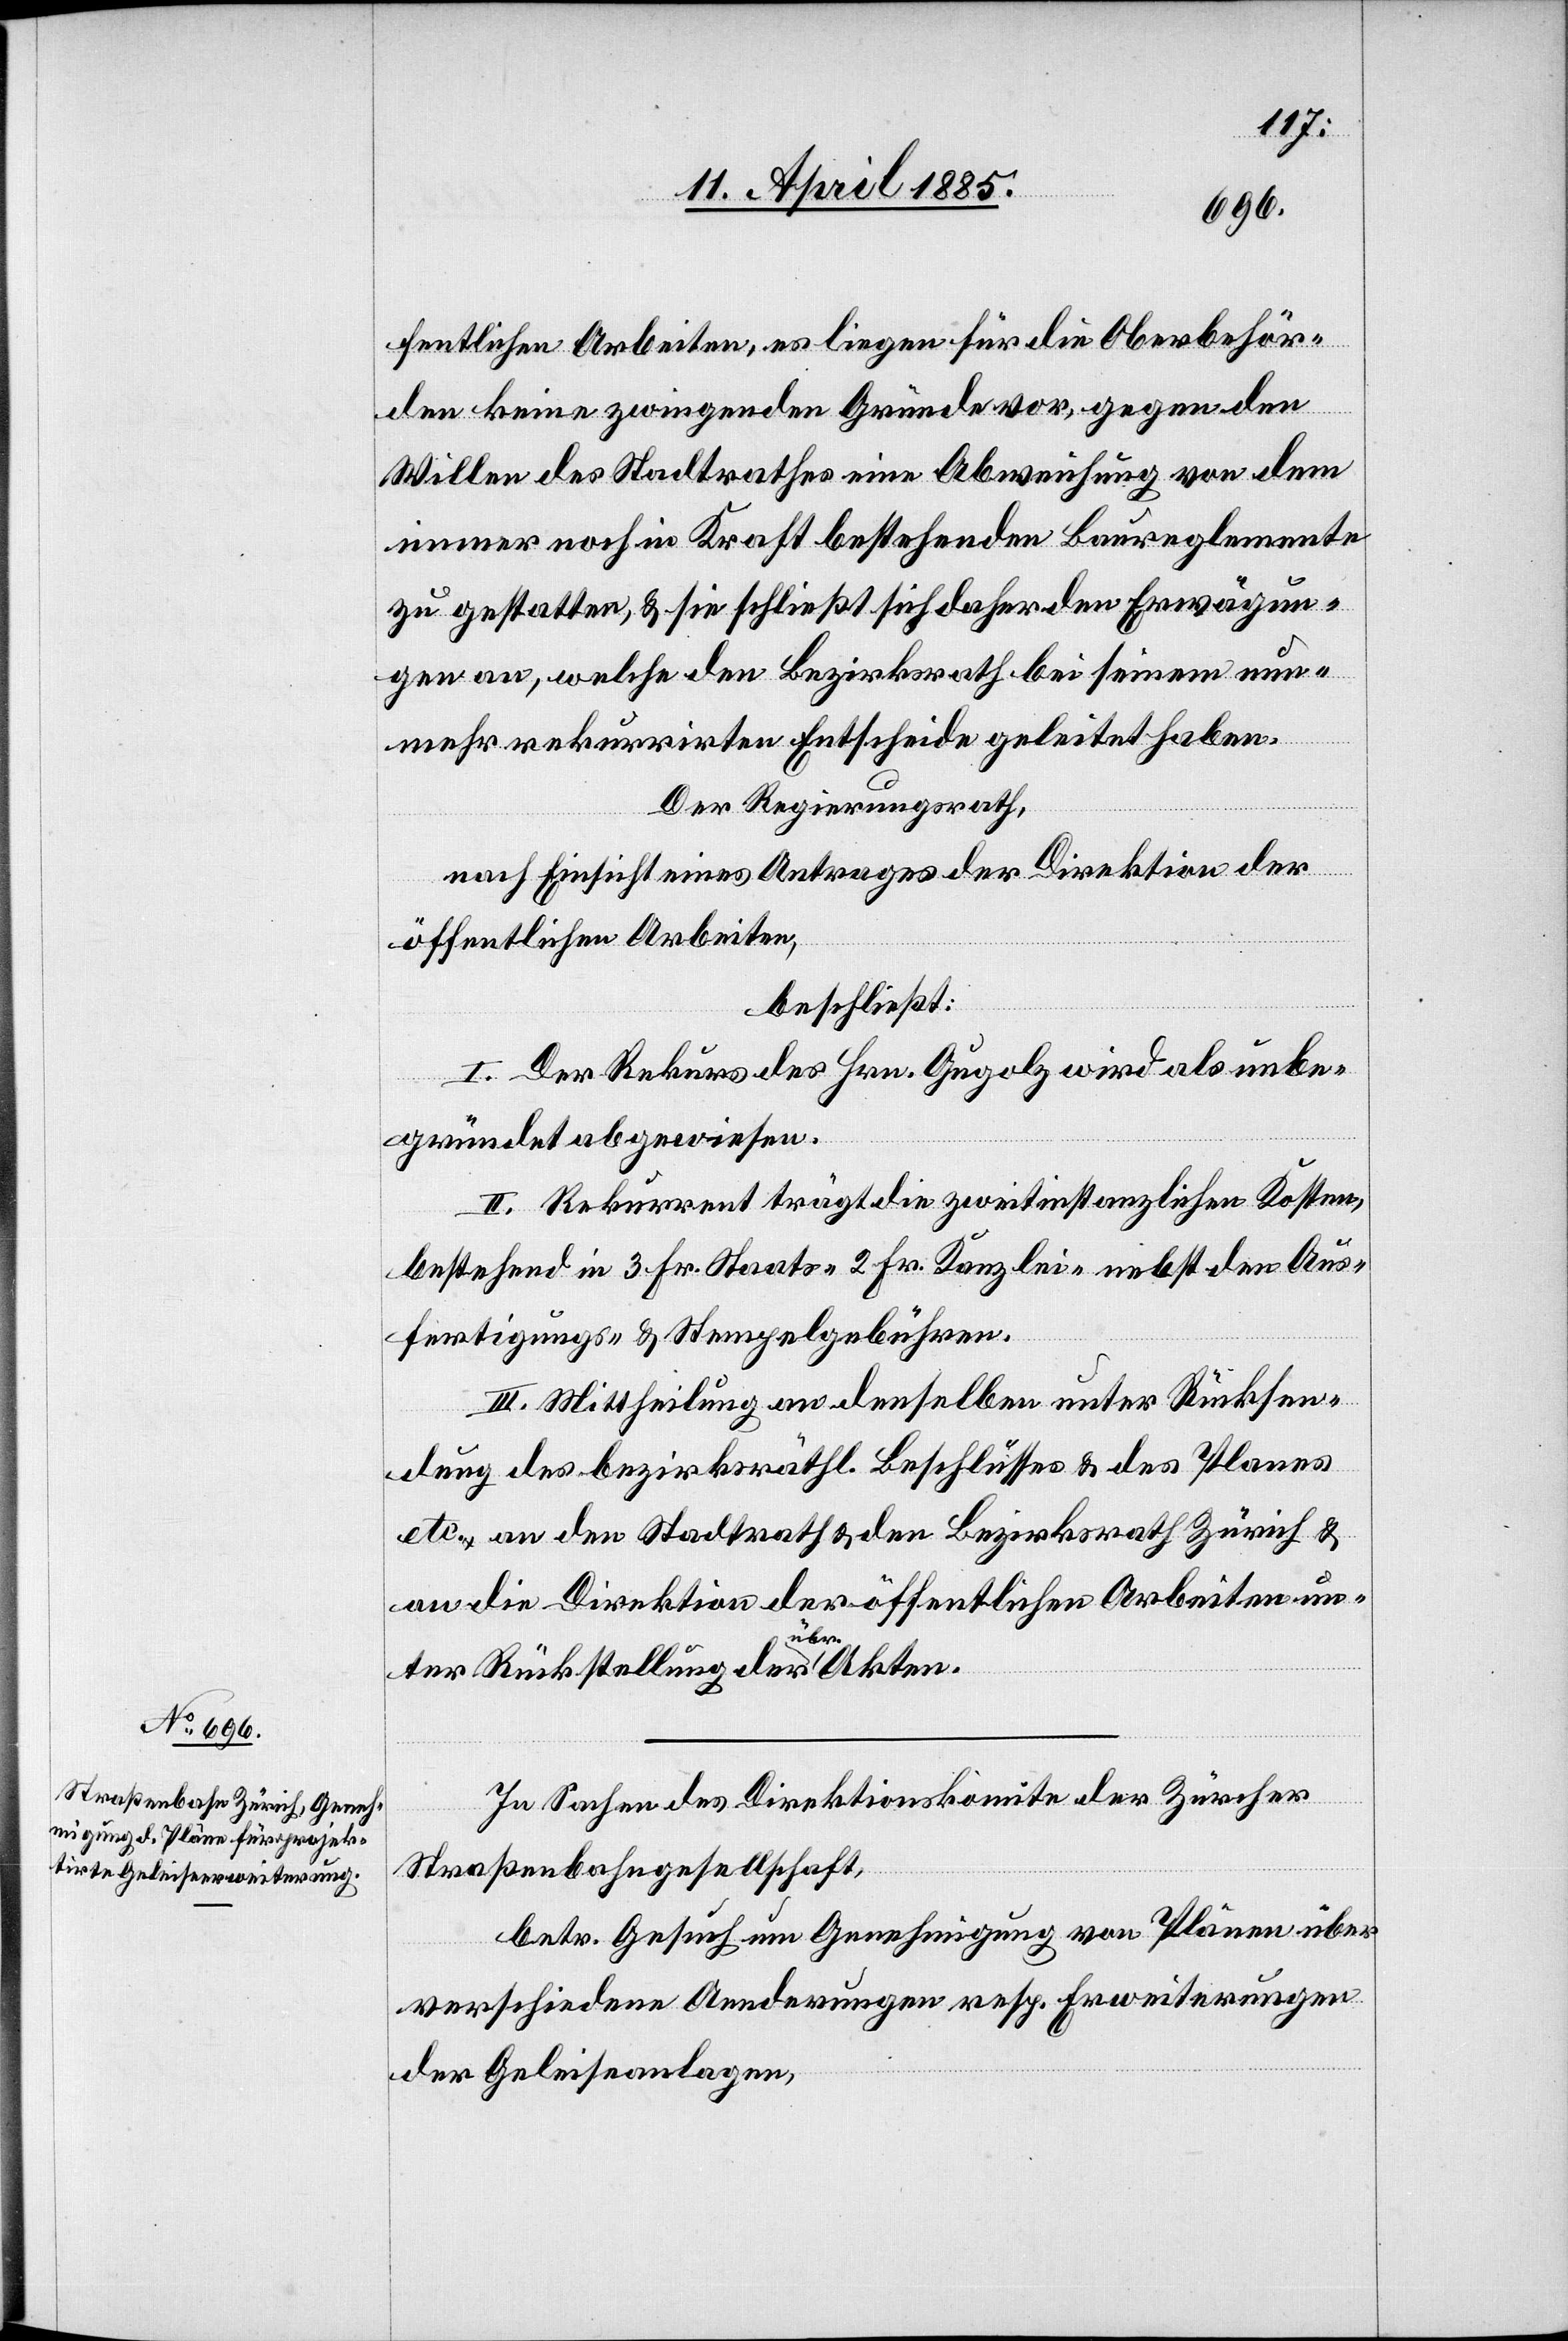
fentlichen Arbeiten, es liegen für die Oberbehör¬
den keine zwingenden Gründe vor, gegen den
Willen des Stadtrathes eine Abweisung von dem
immer noch in Kraft bestehenden Baureglemente
zu gestatten, & sie schließt sich daher den Erwägun¬
gen an, welche den Bezirksrath bei seinem nun¬
mehr rekurrirten Entscheide geleitet haben.
Der Regierungsrath,
nach Einsicht eines Antrages der Direktion der
öffentlichen Arbeiten,
beschließt:
I. Der Rekurs des Hrn. Gugolz wird als unbe¬
gründet abgewiesen.
II. Rekurrent trägt die zweitinstanzlichen Kosten,
bestehend in 3 Fr. Staats-[,] 2 Fr. Kanzlei-[,] nebst den Aus¬
fertigungs- & Stempelgebühren.
III. Mittheilung an denselben unter Rücksen¬
dung des bezirksräthl. Beschlusses & des Planes
etc. an den Stadtrath & den Bezirksrath Zürich &
an die Direktion der öffentlichen Arbeiten un¬
ter Rückstellung der übr. Akten.
In Sachen des Direktionskomite der Zürcher
Straßenbahngesellschaft,
betr. Gesuch um Genehmigung von Plänen über
verschiedene Aenderungen resp. Erweiterungen
der Geleiseanlagen,